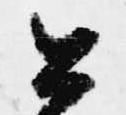
公